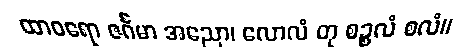
ထာဝရော ဇင်္ဂမာ အညော၊ လောလံ တု စဉ္စလံ စလံ။